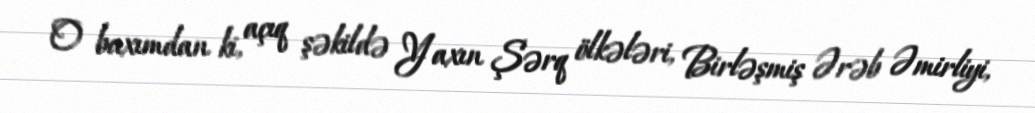
O baxımdan ki, açıq şəkildə Yaxın Şərq ölkələri, Birləşmiş Ərəb Əmirliyi,